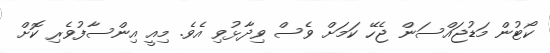
ކޯޓުން މަޑުޖައްސަން ޖެހޭ ކަމަށް ވެސް ވިދާޅުވި އެވެ. މިއީ އިންސާފުވެރި ކޮށް